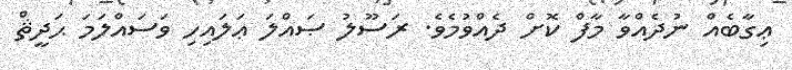
ޢިގާބެއް ނުދެއްވާ މާފް ކޮށް ދެއްވުމެވެ. ރަސޫލު ޞައްލަ ޢަލައިހި ވަސައްލަމަ ޙަދީޘް